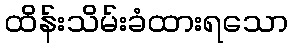
ထိန်းသိမ်းခံထားရသော